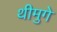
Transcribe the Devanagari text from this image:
थीमुगे